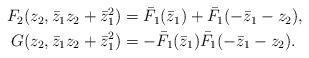
LaTeX: \begin{align*} \begin{aligned}F_2(z_2,\bar{z}_1z_2+\bar{z}_1^2) & = \bar{F}_1(\bar{z}_1)+\bar{F}_1(-\bar{z}_1-z_2), \\G(z_2,\bar{z}_1z_2+\bar{z}_1^2) & = -\bar{F}_1(\bar{z}_1)\bar{F}_1(-\bar{z}_1-z_2).\end{aligned}\end{align*}